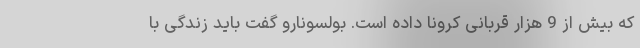
که بیش از 9 هزار قربانی کرونا داده است. بولسونارو گفت باید زندگی با